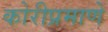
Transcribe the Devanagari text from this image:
कोरीप्रमाणे